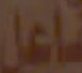
فاعل